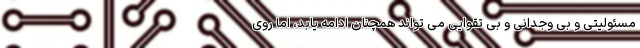
مسئولیتی و بی وجدانی و بی تقوایی می تواند همچنان ادامه یابد، اما روی